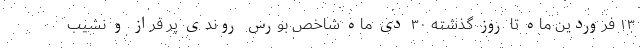
۱۳ فروردین ماه تا روز گذشته ۳۰ دی ماه شاخص بورس روندی پر فراز و نشیب